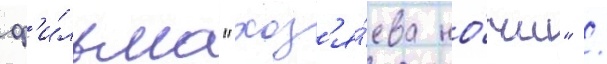
ф'и́льма "хоз'я́ева но́чи" /